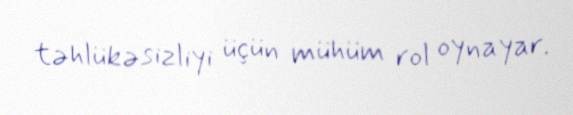
təhlükəsizliyi üçün mühüm rol oynayar.